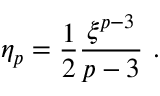
\eta _ { p } = { \frac { 1 } { 2 } } { \frac { \xi ^ { p - 3 } } { p - 3 } } ~ .